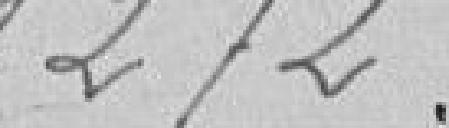
1272,61